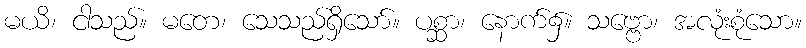
မယိ၊ ငါသည်။ မတေ၊ သေသည်ရှိသော်။ ပစ္ဆာ၊ နောက်၌။ သဗ္ဗော၊ အလုံးစုံသော။